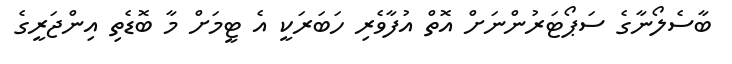
ބާސެލޯނާގެ ސަޕޯޓަރުންނަށް އޮތް އުފާވެރި ހަބަރަކީ އެ ޓީމަށް މާ ބޮޑެތި އިންޖަރީގެ